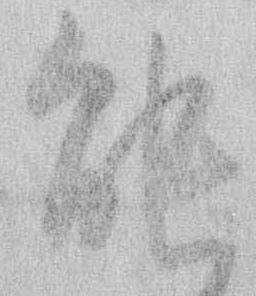
能